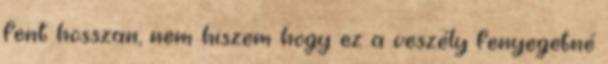
fent hosszan, nem hiszem hogy ez a veszély fenyegetné